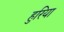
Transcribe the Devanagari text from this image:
हुरिया